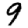
Digit: 9